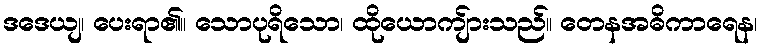
ဒဒေယျ၊ ပေးရာ၏။ သောပုရိသော၊ ထိုယောကျ်ားသည်။ တေနအဓိကာရေန၊